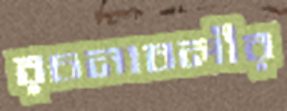
রচনাবলীর